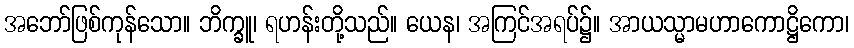
အဘော်ဖြစ်ကုန်သော။ ဘိက္ခူ၊ ရဟန်းတို့သည်။ ယေန၊ အကြင်အရပ်၌။ အာယသ္မာမဟာကောဋ္ဌိကော၊